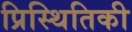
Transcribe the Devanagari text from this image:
प्रिस्थितिकी